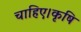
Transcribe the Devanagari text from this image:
चाहिए।कृषि